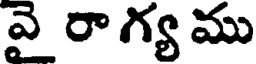
వై రా గ్య ము